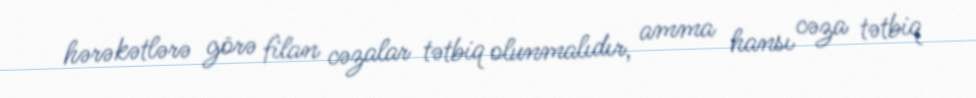
hərəkətlərə görə filan cəzalar tətbiq olunmalıdır, amma hansı cəza tətbiq